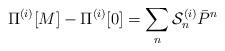
LaTeX: \begin{align*}\Pi^{(i)}[M]-\Pi^{(i)}[0] = \sum_n {\cal S}_n^{(i)} \bar{P}^n\end{align*}